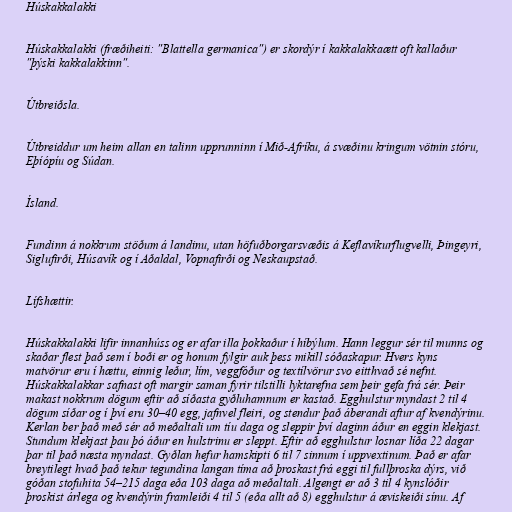
Húskakkalakki

Húskakkalakki (fræðiheiti: "Blattella germanica") er skordýr í kakkalakkaætt oft kallaður
"þýski kakkalakkinn".

Útbreiðsla.

Útbreiddur um heim allan en talinn upprunninn í Mið-Afríku, á svæðinu kringum vötnin stóru,
Eþíópíu og Súdan.

Ísland.

Fundinn á nokkrum stöðum á landinu, utan höfuðborgarsvæðis á Keflavíkurflugvelli, Þingeyri,
Siglufirði, Húsavík og í Aðaldal, Vopnafirði og Neskaupstað.

Lífshættir.

Húskakkalakki lifir innanhúss og er afar illa þokkaður í híbýlum. Hann leggur sér til munns og
skaðar flest það sem í boði er og honum fylgir auk þess mikill sóðaskapur. Hvers kyns
matvörur eru í hættu, einnig leður, lím, veggfóður og textílvörur svo eitthvað sé nefnt.
Húskakkalakkar safnast oft margir saman fyrir tilstilli lyktarefna sem þeir gefa frá sér. Þeir
makast nokkrum dögum eftir að síðasta gyðluhamnum er kastað. Egghulstur myndast 2 til 4
dögum síðar og í því eru 30–40 egg, jafnvel fleiri, og stendur það áberandi aftur af kvendýrinu.
Kerlan ber það með sér að meðaltali um tíu daga og sleppir því daginn áður en eggin klekjast.
Stundum klekjast þau þó áður en hulstrinu er sleppt. Eftir að egghulstur losnar líða 22 dagar
þar til það næsta myndast. Gyðlan hefur hamskipti 6 til 7 sinnum í uppvextinum. Það er afar
breytilegt hvað það tekur tegundina langan tíma að þroskast frá eggi til fullþroska dýrs, við
góðan stofuhita 54–215 daga eða 103 daga að meðaltali. Algengt er að 3 til 4 kynslóðir
þroskist árlega og kvendýrin framleiði 4 til 5 (eða allt að 8) egghulstur á æviskeiði sínu. Af